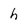
Character: h